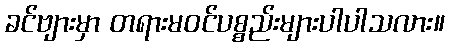
ခင်ဗျားမှာ တရားမဝင်ပစ္စည်းများပါပါသလား။